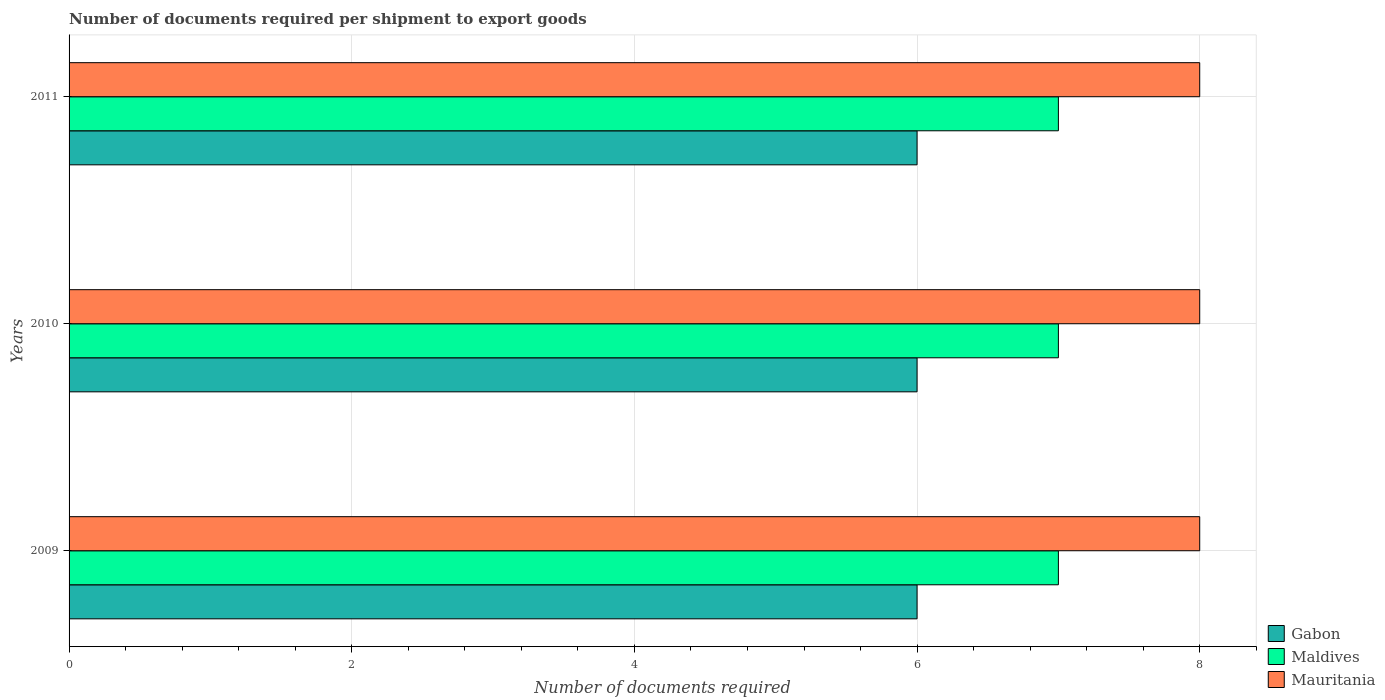
| Years | Gabon | Maldives | Mauritania |
 | --- | --- | --- | --- |
 | 2009 | 6 | 7 | 8 |
 | 2010 | 6 | 7 | 8 |
 | 2011 | 6 | 7 | 8 |